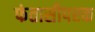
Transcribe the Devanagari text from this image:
फंतासीपरक